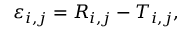
\varepsilon _ { i , j } = R _ { i , j } - T _ { i , j } ,